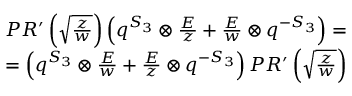
\begin{array} { c } { { P R ^ { \prime } \left( \sqrt { \frac { z } { w } } \right) \left( q ^ { S _ { 3 } } \otimes { \frac { E } { z } } + { \frac { E } { w } } \otimes q ^ { - S _ { 3 } } \right) = } } \\ { { = \left( q ^ { S _ { 3 } } \otimes { \frac { E } { w } } + { \frac { E } { z } } \otimes q ^ { - S _ { 3 } } \right) P R ^ { \prime } \left( \sqrt { \frac { z } { w } } \right) } } \end{array}